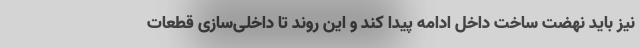
نیز باید نهضت ساخت داخل ادامه پیدا کند و این روند تا داخلی‌سازی قطعات